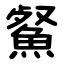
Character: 䱗